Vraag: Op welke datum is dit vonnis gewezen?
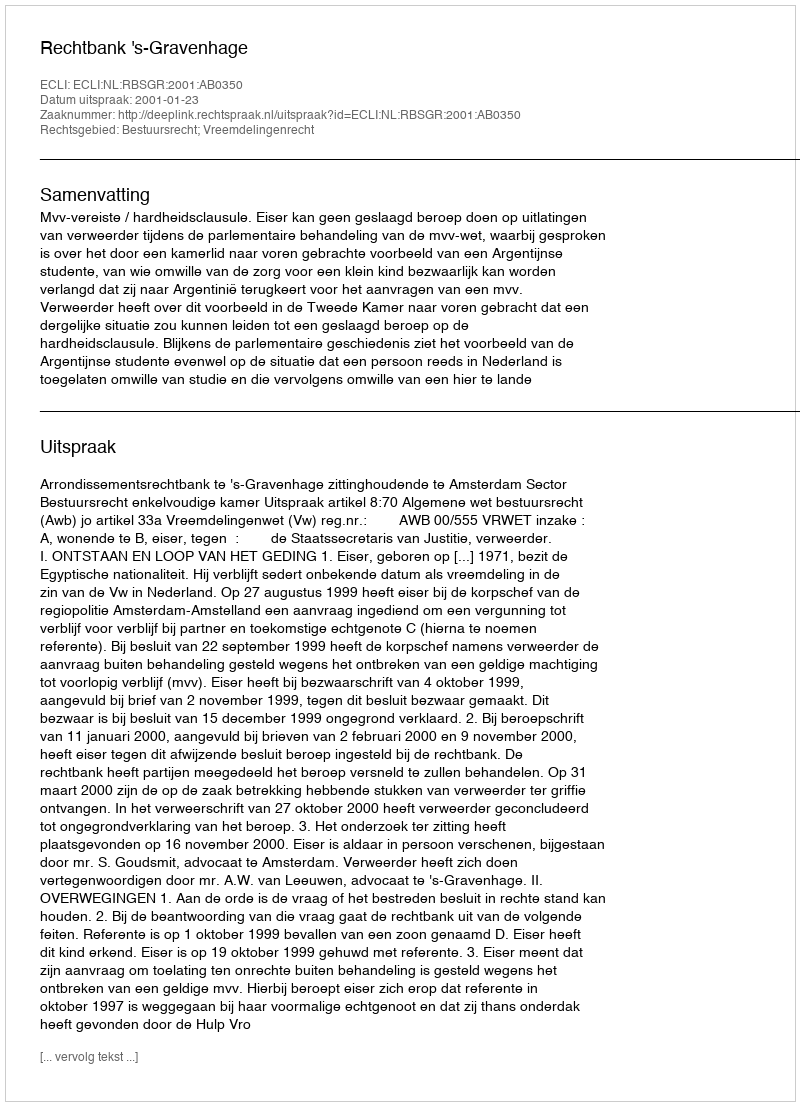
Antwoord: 2001-01-23